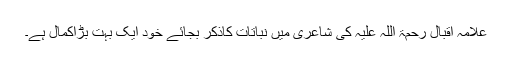
علامہ اقبال رحمۃ اللہ علیہ کی شاعری میں نباتات کاذکر بجائے خود ایک بہت بڑاکمال ہے۔